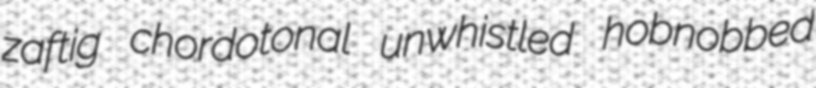
zaftig chordotonal unwhistled hobnobbed